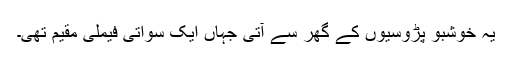
یہ خوشبو پڑوسیوں کے گھر سے آتی جہاں ایک سواتی فیملی مقیم تھی۔